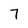
Character: 7